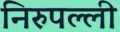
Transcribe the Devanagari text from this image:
निरुपल्ली